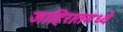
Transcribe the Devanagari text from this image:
जाहिरातमध्ये